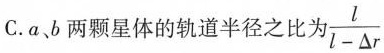
C.a、b两颗星体的轨道半径之比为 $$\frac { l } { l - △r}$$